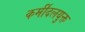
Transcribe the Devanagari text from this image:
कर्मीदलयुक्त